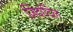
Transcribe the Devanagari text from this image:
ज़िंदादिल